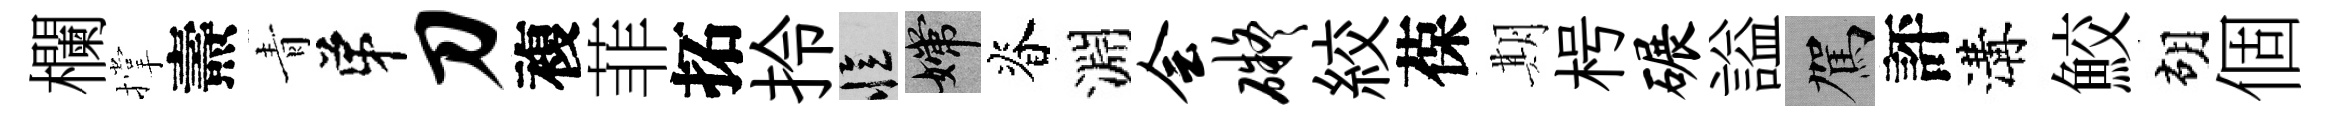
欄撑燾青弟刀複菲拓拎忆嫦脊淵会碍絞葆期枵碾謚駕評溝鮫胡個